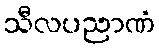
သီလပညာဏံ